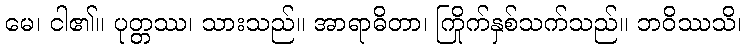
မေ၊ ငါ၏။ ပုတ္တဿ၊ သားသည်။ အာရာဓိတာ၊ ကြိုက်နှစ်သက်သည်။ ဘဝိဿသိ၊